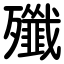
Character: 殲